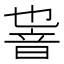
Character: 𱂏